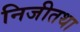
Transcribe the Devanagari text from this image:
निजीतथा